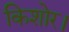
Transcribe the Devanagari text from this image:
किशोर।